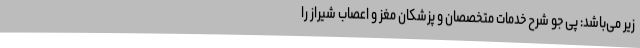
زیر می‌باشد: پی جو شرح خدمات متخصصان و پزشکان مغز و اعصاب شیراز را